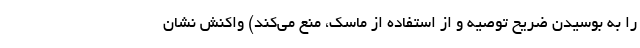
را به بوسیدن ضریح توصیه و از استفاده از ماسک، منع می‌کند) واکنش نشان